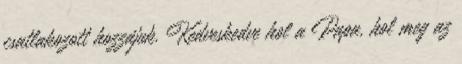
csatlakozott hozzájuk. Kedveskedve hol a Papa, hol meg az